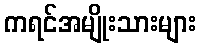
ကရင်အမျိုးသားများ